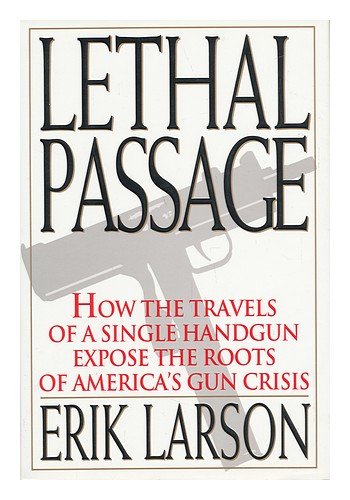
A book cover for Lethal Passage: How the Travels of a Single Handgun Expose the Roots of America's Gun Crisis; Erik Larson; Travel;